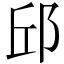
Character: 邱